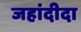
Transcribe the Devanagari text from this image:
जहांदीदा